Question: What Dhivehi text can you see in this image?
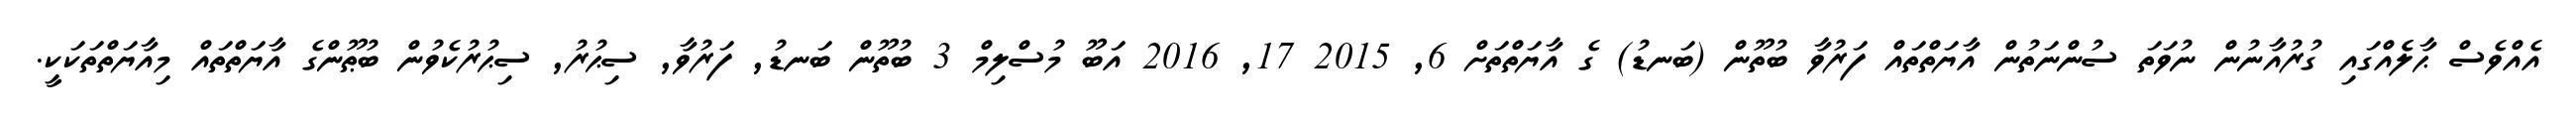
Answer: އެއްވެސް ޙާލެެއްގައި ގުރުއާނުން ނުވަތަ ސުންނަތުން އާޔަތްތައް ފަރުވާ ބުތޫން (ބަނޑު) ގެ އާޔަތްތަށް 6, 2015 17, 2016 އަބޫ މުސްލިމް 3 ބުތޫން ބަނޑު, ފަރުވާ, ސިޙުރު, ސިޙުރުކެވުން ބުޠޫންގެ އާޔަތްތައް މިއާޔަތްތަކަކީ.